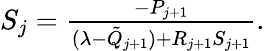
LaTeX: \begin{array}{r}{S_{j}=\frac{-P_{j+1}}{(\lambda-\tilde{Q}_{j+1})+R_{j+1}S_{j+1}}.}\end{array}